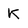
Character: k